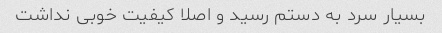
بسیار سرد به دستم رسید و اصلا کیفیت خوبی نداشت